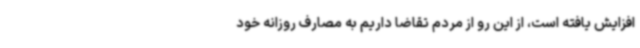
افزایش یافته است، از این رو از مردم تقاضا داریم به مصارف روزانه خود